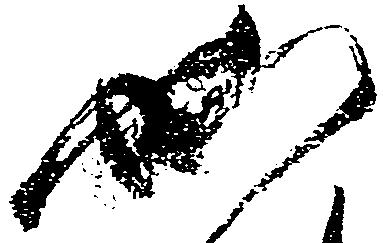
如